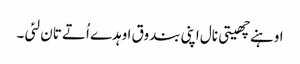
اوہنے چھیتی نال اپنی بندوق اوہدے اُتے تان لئی ۔